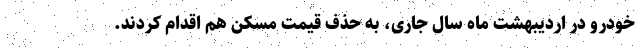
خودرو در اردیبهشت ماه سال جاری، به حذف قیمت مسکن هم اقدام کردند.